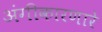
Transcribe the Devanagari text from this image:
अंगीकारणारे